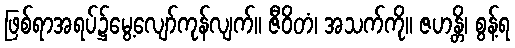
ဖြစ်ရာအရပ်၌မွေ့လျော်ကုန်လျက်။ ဇီဝိတံ၊ အသက်ကို။ ဇဟန္တိ၊ စွန့်ရ